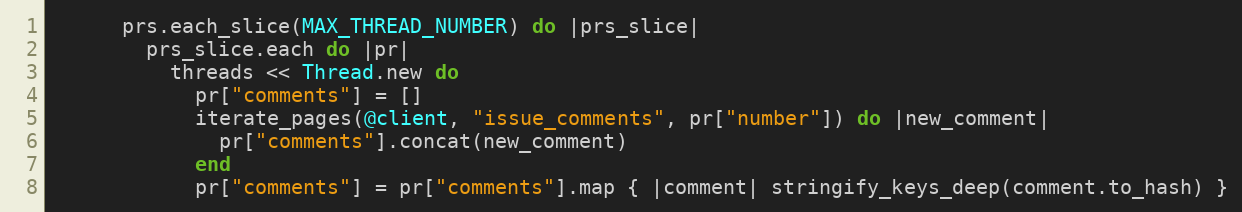
Language: Ruby
      prs.each_slice(MAX_THREAD_NUMBER) do |prs_slice|
        prs_slice.each do |pr|
          threads << Thread.new do
            pr["comments"] = []
            iterate_pages(@client, "issue_comments", pr["number"]) do |new_comment|
              pr["comments"].concat(new_comment)
            end
            pr["comments"] = pr["comments"].map { |comment| stringify_keys_deep(comment.to_hash) }